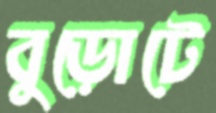
বুড়োটে